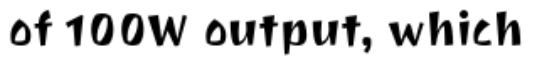
of 100W output, which